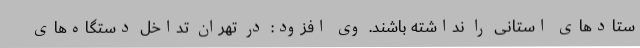
ستادهای استانی را نداشته باشند. وی افزود: در تهران تداخل دستگاه‌های